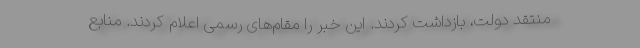
منتقد دولت، بازداشت کردند. این خبر را مقام‌های رسمی اعلام کردند. منابع